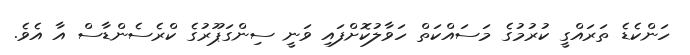
ހަންކެޑެ ތަރައްގީ ކުރުމުގެ މަސައްކަތް ހަވާލުކޮށްފައި ވަނީ ސިންގަޕޫރުގެ ކްރެސެންޑާސް އާ އެވެ.